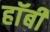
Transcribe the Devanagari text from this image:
हाॅबी